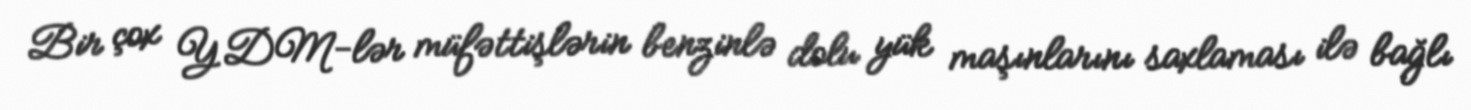
Bir çox YDM-lər müfəttişlərin benzinlə dolu yük maşınlarını saxlaması ilə bağlı